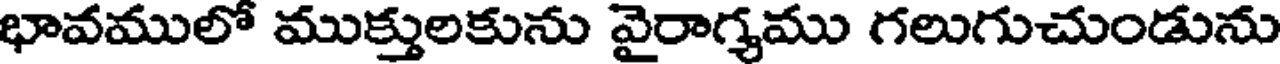
భావములో ముక్తులకును వైరాగ్యము గలుగుచుండును